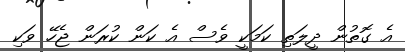
އެ ގޮތުން ދީލަތި ކަމަކީ ވެސް އެ ކަން ކުރަން ޖެހޭ ވަކި